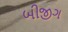
બીજીગ